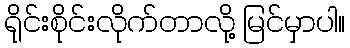
ရိုင်းစိုင်းလိုက်တာလို့ မြင်မှာပါ။